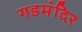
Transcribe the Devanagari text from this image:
गडमंदिर